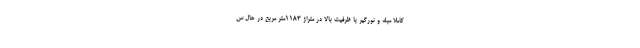
کاملاً مبله و نورگیر با ظرفیت بالا در متراژ 1183متر مربع در حال س